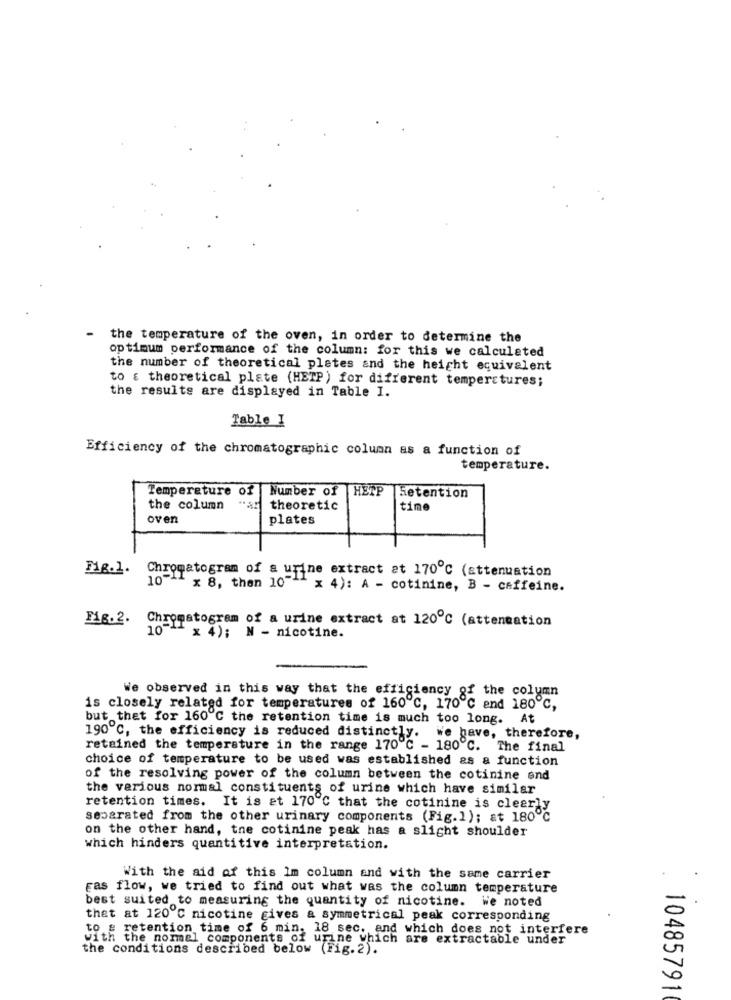
-
the temperature of the oven, in order to determine the
optimum performance of the column: for this we calculated
the number of theoretical plates and the height equivalent
to : theoretical plate (HETP) for different temperatures;
the results are displayed in Table I.
Table I
Efficiency of the chromatographic column as a function of
temperature.
Temperature of Number of
HETP
Setention
the column
theoretic
time
oven
plates
Fig.1. Chromatogram of a urine extract at 170℃ (attenuation
10-11 x 8, then 10-11
x 4): A - cotinine, B - caffeine.
Fig.2. Chromatogram of a urine extract at 120℃ (atteneation
10-1 x 4); N - nicotine.
We observed in this way that the efficiency of the column
is closely related for temperatures of 160℃, 170℃ end 180 ℃,
but thet for 160 ℃ the retention time is much too long. At
190 ℃, the efficiency is reduced distinctly. We have, therefore,
retained the temperature in the range 170 ℃ - 180℃. The final
choice of temperature to be used was established as a function
of the resolving power of the column between the cotinine and
the various normal constituents of urine which have similar
retention times. It is at 170 ℃ that the cotinine is clearly
separated from the other urinary components (Fig.1); at 180℃
on the other hand, tne cotinine peak has a slight shoulder
which hinders quantitive interpretation.
With the aid of this Im column and with the same carrier
Fas flow, we tried to find out what was the column temperature
best suited to measuring the quantity of nicotine. We noted
thet at 120 ℃ nicotine gives a symmetrical peak corresponding
to # retention time of 6 min. 18 sec. and which does not interfere
with the normel components of urine which are extractable under
the conditions described below (Fig.2).
10485791